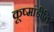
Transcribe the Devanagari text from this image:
कूष्मांडीति